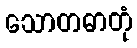
သောတဓာတုံ